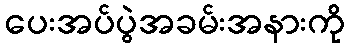
ပေးအပ်ပွဲအခမ်းအနားကို